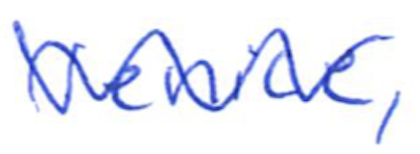
Text: Venice,
Cross-out: mix
Writing tool: ballpoint